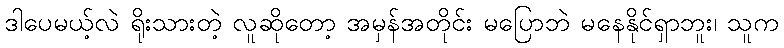
ဒါပေမယ့်လဲ ရိုးသားတဲ့ လူဆိုတော့ အမှန်အတိုင်း မပြောဘဲ မနေနိုင်ရှာဘူး၊ သူက